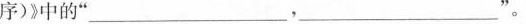
序)》中的”___，___”。